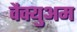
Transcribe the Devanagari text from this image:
वैक्युअम